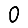
Digit: 0